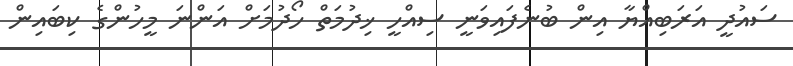
ސައުދީ އަރަބިއްޔާ އިން ބުނެފައިވަނީ ސިއްހީ ޚިދުމަތް ހޯދުމަށް އަންނަ މީހުންގެ ކިބައިން